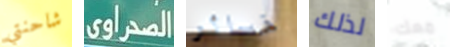
شاحنتي الصحراوى خسائر لذلك معك